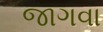
જાગવા